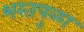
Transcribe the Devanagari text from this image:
भरतपुळा